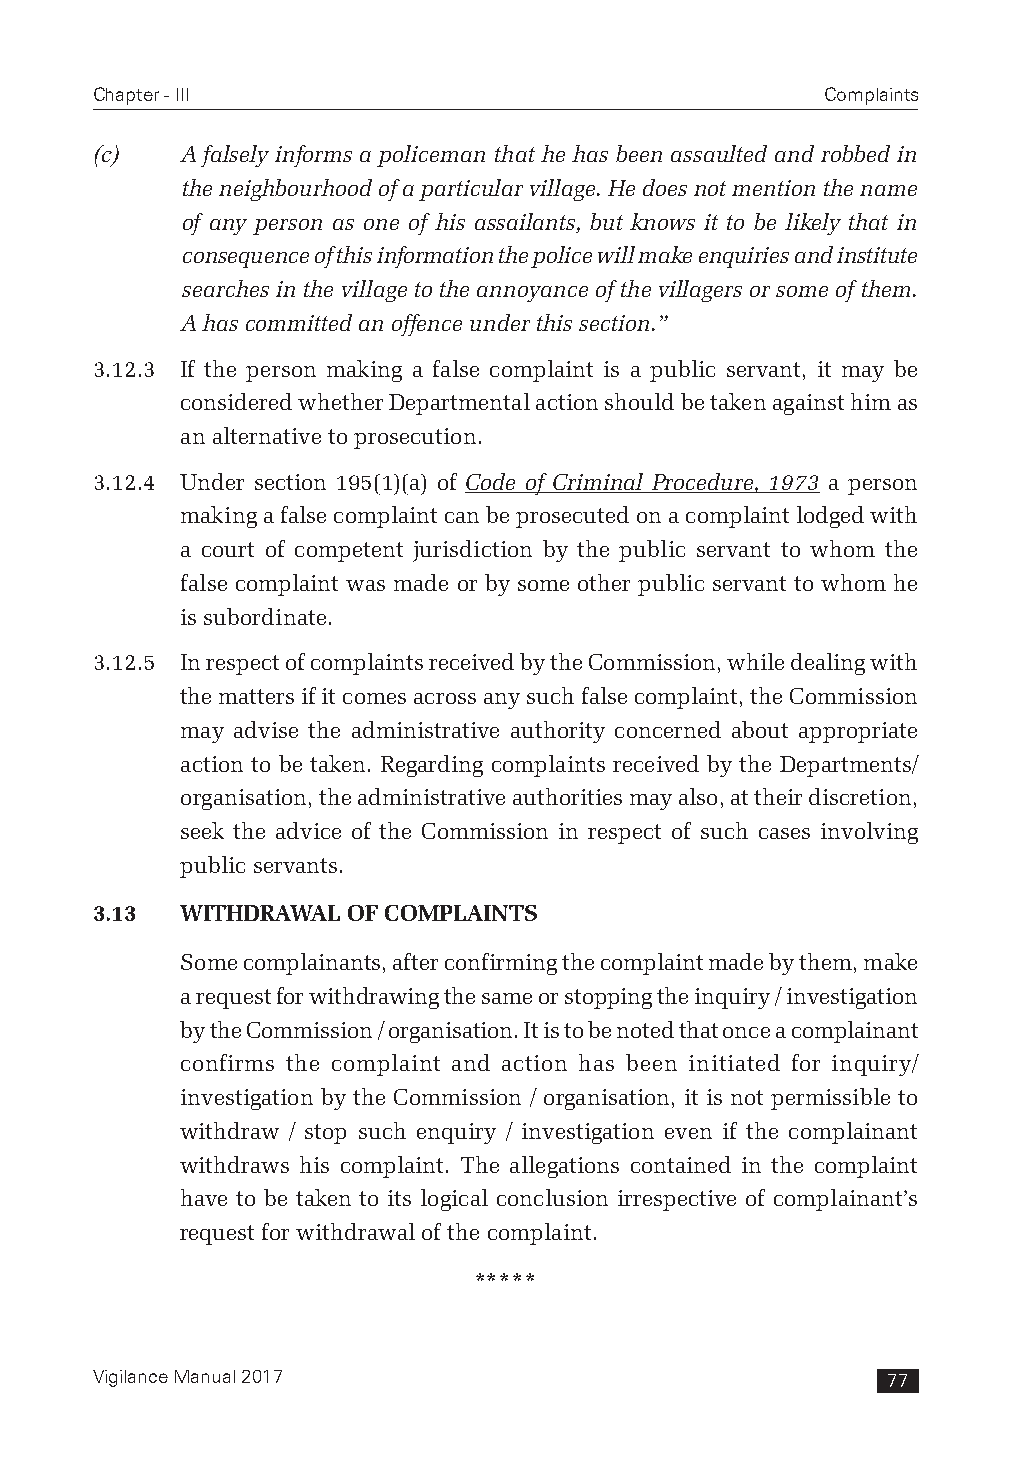
Chapter - III                                    Complaints
 (c)   A falsely informs a policeman that he has been assaulted and robbed in
 the neighbourhood of a particular village. He does not mention the name
 of any person as one of his assailants, but knows it to be likely that in
 consequence of this information the police will make enquiries and institute
 searches in the village to the annoyance of the villagers or some of them.
 A has committed an offence under this section.”
 3.12.3 If the person making a false complaint is a public servant, it may be
 considered whether Departmental action should be taken against him as
 an alternative to prosecution.
 3.12.4 Under section 195(1)(a) of Code of Criminal Procedure, 1973 a person
 making a false complaint can be prosecuted on a complaint lodged with
 a court of competent jurisdiction by the public servant to whom the
 false complaint was made or by some other public servant to whom he
 is subordinate.
 3.12.5 In respect of complaints received by the Commission, while dealing with
 the matters if it comes across any such false complaint, the Commission
 may advise the administrative authority concerned about appropriate
 action to be taken. Regarding complaints received by the Departments/
 organisation, the administrative authorities may also, at their discretion,
 seek the advice of the Commission in respect of such cases involving
 public servants.
 3.13  WITHDRAWAL OF COMPLAINTS
 Some complainants, after confirming the complaint made by them, make
 a request for withdrawing the same or stopping the inquiry / investigation
 by the Commission / organisation. It is to be noted that once a complainant
 confirms the complaint and action has been initiated for inquiry/
 investigation by the Commission / organisation, it is not permissible to
 withdraw / stop such enquiry / investigation even if the complainant
 withdraws his complaint. The allegations contained in the complaint
 have to be taken to its logical conclusion irrespective of complainant’s
 request for withdrawal of the complaint.
 *****
 Vigilance Manual 2017                                77